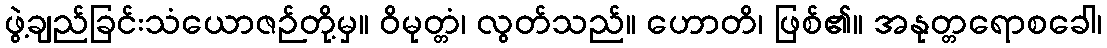
ဖွဲ့ချည်ခြင်းသံယောဇဉ်တို့မှ။ ဝိမုတ္တံ၊ လွတ်သည်။ ဟောတိ၊ ဖြစ်၏။ အနုတ္တရောစခေါ၊